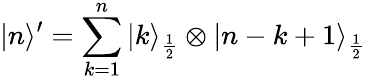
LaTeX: |n\rangle^{\prime}=\sum_{k=1}^{n}|k\rangle_{\frac{1}{2}}\otimes|n-k+1\rangle_{\frac{1}{2}}